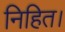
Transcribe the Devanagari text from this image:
निहित।